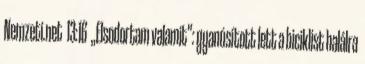
Nemzeti.net 13:16 „Elsodortam valamit”: gyanúsított lett a biciklist halálra